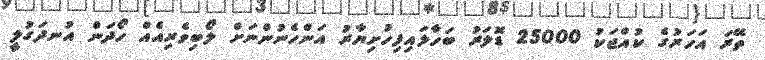
ތޭރަ އަހަރުގެ ކުއްޖަކު 25000 ޑޮލަރު ބަހާލައިފިހުށިޔާރު އަންހެނުންނަށް ލޯބިވެރިއެއް ހޯދަން އުނދަގުލީ